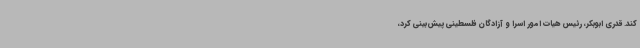
کند. قدری ابوبکر، رئیس هیات امور اسرا و آزادگان فلسطینی پیش‌بینی کرد،